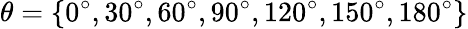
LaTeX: \theta=\{ 0^{\circ},30^{\circ},60^{\circ},90^{\circ},120^{\circ},150^{\circ},180^{\circ}\}